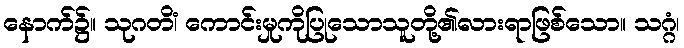
နောက်၌။ သုဂတိံ၊ ကောင်းမှုကိုပြုသောသူတို့၏လားရာဖြစ်သော။ သဂ္ဂံ၊